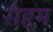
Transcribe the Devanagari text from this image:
रोद्दम